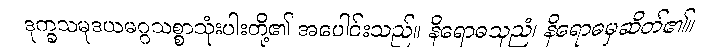
ဒုက္ခသမုဒယမဂ္ဂသစ္စာသုံးပါးတို့၏ အပေါင်းသည်။ နိရောဓသုညံ၊ နိရောဓမှဆိတ်၏။